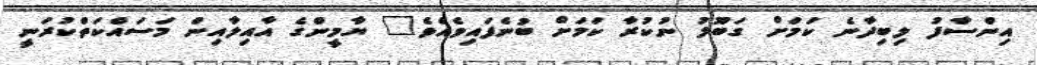
އިންސާފު ލިބިދާނެ ކަމަށް ގަބޫލު ނުކުރާ ކަމަށް ބުނެފައިވެއެވެ" ޔާމީންގެ އާއިލާއިން މަސައްކަތްކުރަނީ